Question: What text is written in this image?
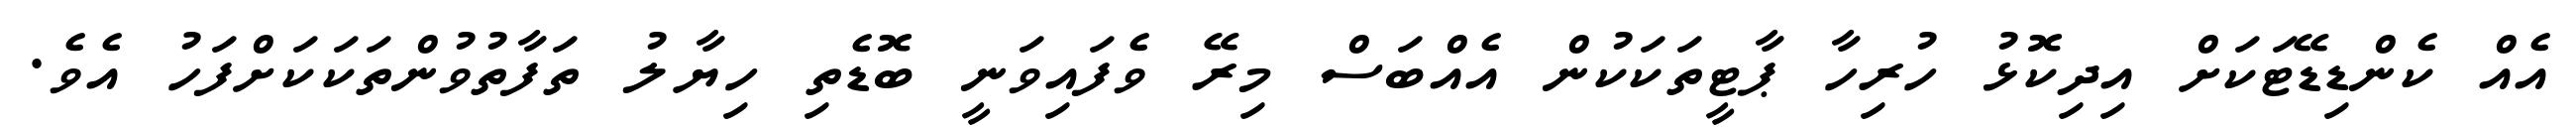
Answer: އެއް ކެންޑިޑޭޓަކަށް އިދިކޮޅު ހުރިހާ ޕާޓީތަކަކުން އެއްބަސް މިރޭ ވެފައިވަނީ ބޮޑެތި ހިޔާލު ތަފާތުވުންތަކަކަށްފަހު އެވެ.